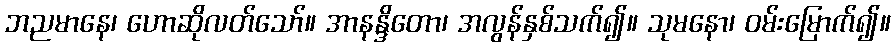
ဘညမာနေ၊ ဟောဆိုလတ်သော်။ အာနန္ဒိတော၊ အလွန်နှစ်သက်၍။ သုမနော၊ ဝမ်းမြောက်၍။